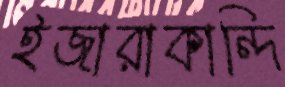
ইজারাকান্দি